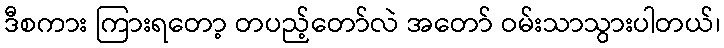
ဒီစကား ကြားရတော့ တပည့်တော်လဲ အတော် ဝမ်းသာသွားပါတယ်၊